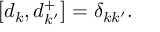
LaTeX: \left[ d _ { k } , d _ { k ^ { \prime } } ^ { + } \right] = \delta _ { k k ^ { \prime } } .